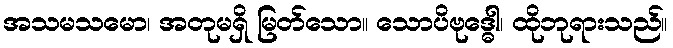
အသမသမော၊ အတုမရှိ မြတ်သော။ သောပိဗုဒ္ဓေါ၊ ထိုဘုရားသည်။